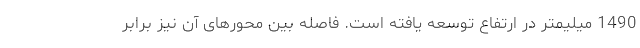
1490 میلیمتر در ارتفاع توسعه یافته است. فاصله بین محورهای آن نیز برابر